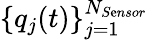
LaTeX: \{ q_{j}(t)\} _{j=1}^{N_{S\mathrm{e}nsor}}